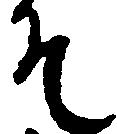
そ